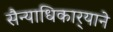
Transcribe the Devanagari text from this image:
सैन्याधिकार्‍याने